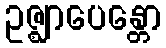
ဥဇ္ဈာပေန္တော